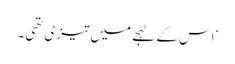
‘ اس کے لہجے میں تیزی تھی۔